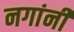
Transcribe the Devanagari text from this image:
नगांनी